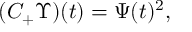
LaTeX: ( C _ { + } \Upsilon ) ( t ) = \Psi ( t ) ^ { 2 } , ~ ~ ~ ~ ~ ~ ~ ~ ~ ~ ~ ~ ~ ~ ~ ~ ~ ~ ~ ~ ~ ~